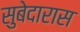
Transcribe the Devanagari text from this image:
सुबेदारास